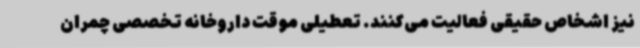
نیز اشخاص حقیقی فعالیت می‌کنند. تعطیلی موقت داروخانه تخصصی چمران